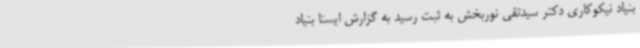
بنیاد نیکوکاری دکتر سیدتقی نوربخش به ثبت رسید به گزارش ایسنا بنیاد